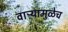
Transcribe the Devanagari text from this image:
वाऱ्यामुळेच